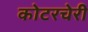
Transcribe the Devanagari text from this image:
कोटरचेरी